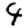
Digit: 4